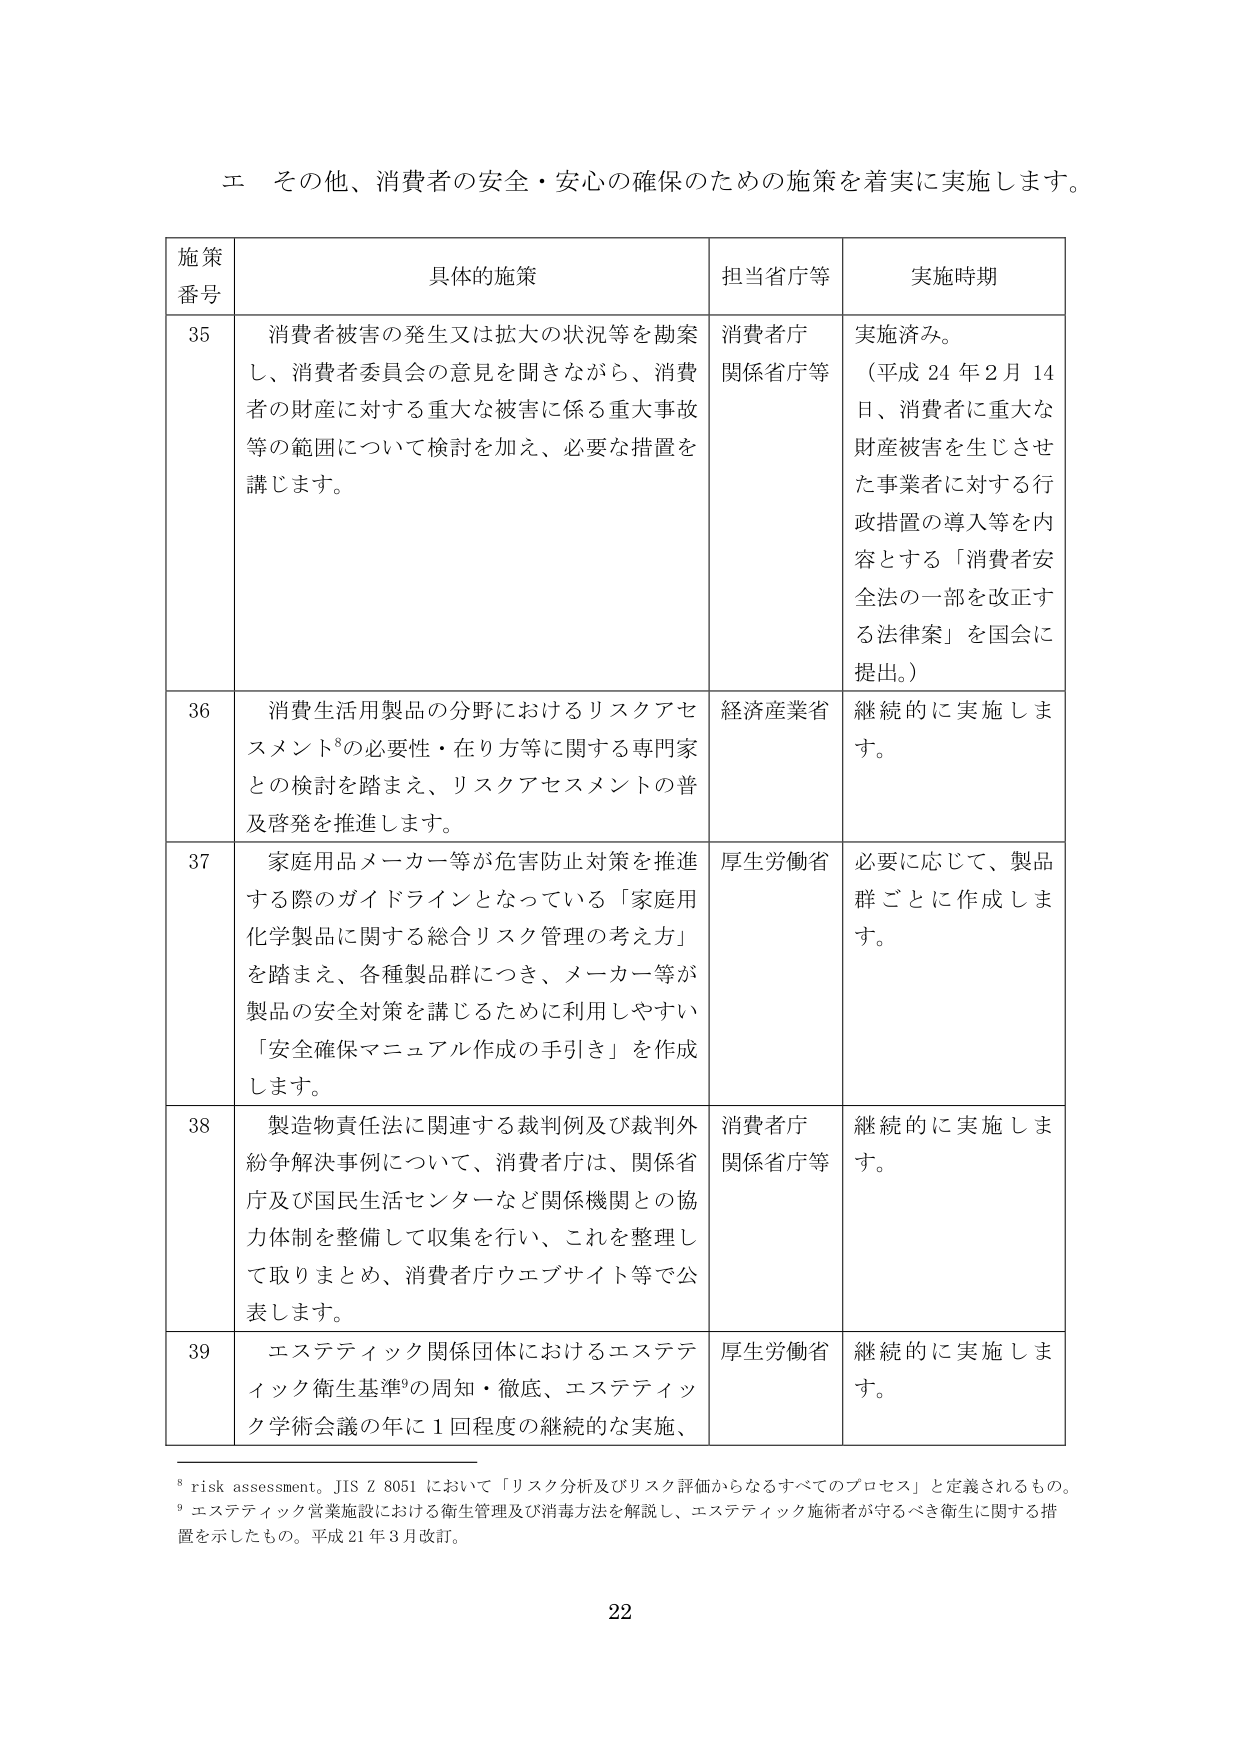
エ その他、消費者の安全・安心の確保のための施策を着実に実施します。

施策
番号	具体的施策	担当省庁等	実施時期
35	消費者被害の発生又は拡大の状況等を勘案し、消費者委員会の意見を聞きながら、消費者の財産に対する重大な被害に係る重大事故等の範囲について検討を加え、必要な措置を講じます。	消費者庁
関係省庁等	実施済み。
（平成24年2月14日、消費者に重大な財産被害を生じさせた事業者に対する行政措置の導入等を内容とする「消費者安全法の一部を改正する法律案」を国会に提出。）
36	消費生活用製品の分野におけるリスクアセスメント⁸の必要性・在り方等に関する専門家との検討を踏まえ、リスクアセスメントの普及啓発を推進します。	経済産業省	継続的に実施します。
37	家庭用品メーカー等が危害防止対策を推進する際のガイドラインとなっている「家庭用化学製品に関する総合リスク管理の考え方」を踏まえ、各種製品群につき、メーカー等が製品の安全対策を講じるために利用しやすい「安全確保マニュアル作成の手引き」を作成します。	厚生労働省	必要に応じて、製品群ごとに作成します。
38	製造物責任法に関連する裁判例及び裁判外紛争解決事例について、消費者庁は、関係省庁及び国民生活センターなど関係機関との協力体制を整備して収集を行い、これを整理して取りまとめ、消費者庁ウェブサイト等で公表します。	消費者庁
関係省庁等	継続的に実施します。
39	エステティック関係団体におけるエステティック衛生基準⁹の周知・徹底、エステティック学術会議の年に1回程度の継続的な実施、	厚生労働省	継続的に実施します。

⁸ risk assessment。JIS Z 8051 において「リスク分析及びリスク評価からなるすべてのプロセス」と定義されるもの。
⁹ エステティック営業施設における衛生管理及び消毒方法を解説し、エステティック施術者が守るべき衛生に関する措置を示したもの。平成21年3月改訂。

22